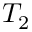
T _ { 2 }